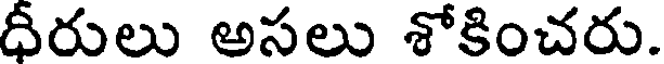
ధీరులు అసలు శోకించరు.